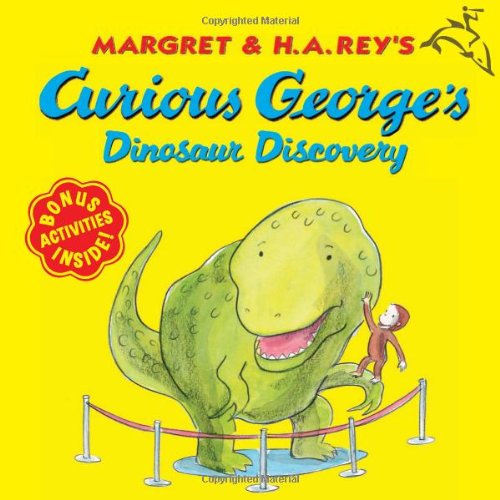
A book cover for Curious George's Dinosaur Discovery; H. A. Rey; Children's Books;